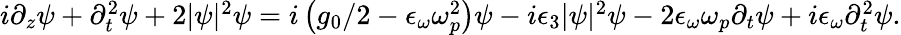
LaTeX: \begin{array}{r}{i\partial_{z}\psi+\partial_{t}^{2}\psi+2|\psi|^{2}\psi=i\left(g_{0}/2-\epsilon_{\omega}\omega_{p}^{2}\right)\psi-i\epsilon_{3}|\psi|^{2}\psi-2\epsilon_{\omega}\omega_{p}\partial_{t}\psi+i\epsilon_{\omega}\partial_{t}^{2}\psi.}\end{array}